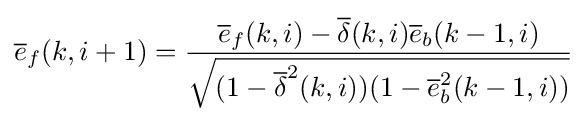
{\overline {e}}_{f}(k,i+1)={\frac {{\overline {e}}_{f}(k,i)-{\overline {\delta }}(k,i){\overline {e}}_{b}(k-1,i)}{\sqrt {(1-{\overline {\delta }}^{2}(k,i))(1-{\overline {e}}_{b}^{2}(k-1,i))}}}